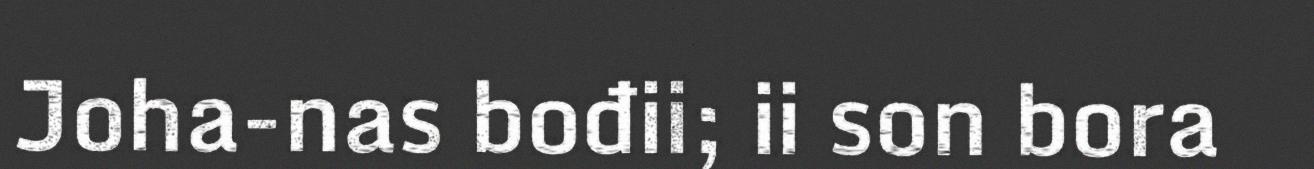
Joha-nas bođii; ii son bora